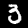
Digit: 3